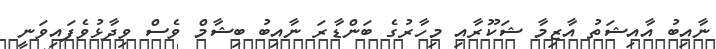
ނާއިބު އާއިޝަތު އާޒިމާ ޝަކޫރާއި މިހާރުގެ ބަންޑާރަ ނާއިބު ބިޝާމް ވެސް ވިދާޅުވެފައިވަނީ